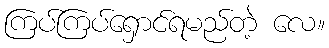
ကြပ်ကြပ်ရှောင်ရမည်တဲ့ လေ။